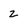
Character: 2